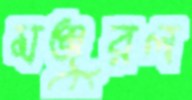
মঞ্জুরল